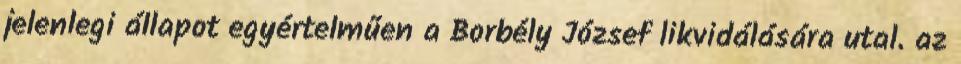
jelenlegi állapot egyértelműen a Borbély József likvidálására utal. az